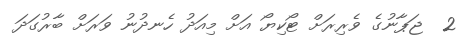
2  ޖަޕާނުގެ ވެރިރަށް ޓޯކިޔޯ އަށް މިއަދު ހެނދުނު ވަރަށް ބާރުގަދަ